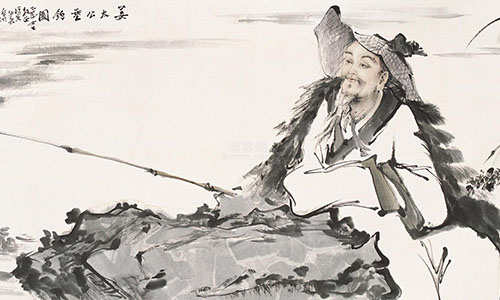
他乡生白发，旧国见青山。